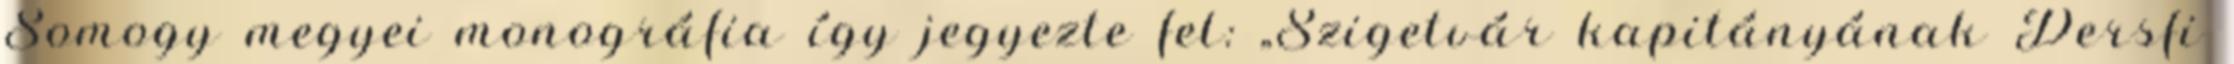
Somogy megyei monográfia így jegyezte fel: „Szigetvár kapitányának Dersfi